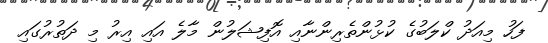
ފަހު މިއަދު ކްލަބުގެ ކުޅުންތެރިންނާއި އޮފިޝަލުން މާލެ އައި އިރު މި ދަތުރުގައި